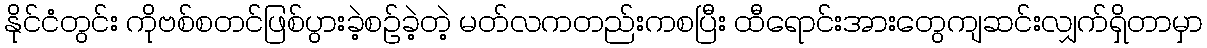
နိုင်ငံတွင်း ကိုဗစ်စတင်ဖြစ်ပွားခဲ့စဉ်ခဲ့တဲ့ မတ်လကတည်းကစပြီး ထီရောင်းအားတွေကျဆင်းလျှက်ရှိတာမှာ